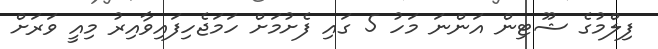
ފިލްމުގެ ޝޫޓިން އަންނަ މަހު 5 ގައި ފެށުމަށް ހަމަޖެހިފައިވާއިރު މިއީ ވަރަށް